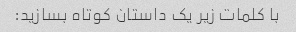
با کلمات زیر یک داستان کوتاه بسازید: